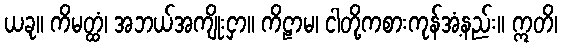
ယခု။ ကိမတ္ထံ၊ အဘယ်အကျိုးငှာ။ ကိဠာမ၊ ငါတို့ကစားကုန်အံ့နည်း။ ဣတိ၊